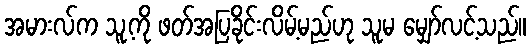
အမားလ်က သူ့ကို ဖတ်အပြခိုင်းလိမ့်မည်ဟု သူမ မျှော်လင့်သည်။